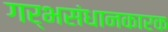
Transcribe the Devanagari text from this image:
गर्भसंधानकारक